Lunatic asylums United Prov. 1922-30 - 1922-1930
Year: 1922
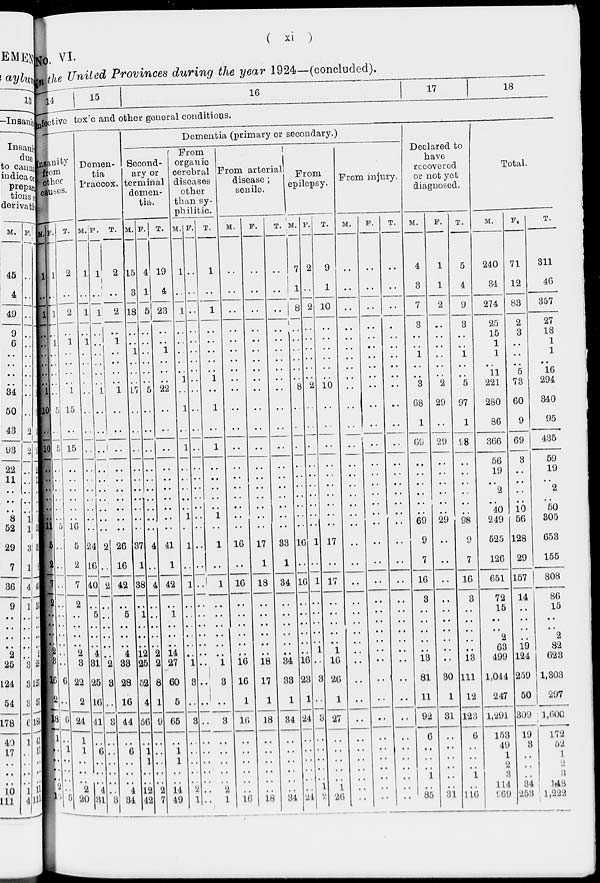
( xi )
No. VI.
In the United Provinces during the year 1924—(concluded).
14
15
16
17
18
Infective toxic and other general conditions.
Insanity
from
other
causes.
M.
1
..
1
..
..
..
..
..
..
1
10
..
10
..
..
..
..
..
..
11
5
2
7
2
..
..
..
..
2 3
16
2
16
1
..
..
..
..
2
15
F.
1
..
1
..
1
..
..
..
..
..
5
..
5
..
..
..
..
..
..
5
..
..
..
..
..
..
..
..
..
..
6
.. 6
..
1
..
..
..
..
5
T.
2
..
2
..
1
..
..
..
..
1
15
..
15
..
..
..
..
..
.. 16
5
2
7
2
..
..
..
..
2
3
22
2
24
1
1
..
..
..
2
20
Demen-
tia
Praecox.
M.
1
..
1
..
1
..
..
..
..
..
..
..
..
..
..
..
..
..
..
..
24
16
40
.. 5
..
..
.. 4
31
25
16
41
..
6
..
..
..
4 31
F.
1
1
1
..
..
..
..
..
..
1
..
..
..
..
..
..
..
..
..
..
2
..
2
..
..
..
..
..
..
2
3
..
3
..
..
..
..
..
..
3
T.
2
..
2
..
1
..
..
..
..
1
..
..
..
..
..
..
..
..
..
..
26
16
42
.. 5
..
..
.. 4
33
28
16
44
..
6
..
..
..
4
34
Dementia (primary or secondary.)
Second-
ary or
terminal
demen-
tia.
M.
15
3
18
..
..
1
..
..
..
17
..
..
..
..
..
..
..
..
..
..
37
1
38
..
1
..
..
.. 12
25
52
4
56
..
1
1
..
..
12
42
F.
4
1
5
..
..
..
..
..
..
5
..
..
..
..
..
..
..
..
..
..
4
..
4
..
..
..
..
..
2
2
8
1
9
..
..
..
..
..
2
7
T.
19
4
23
..
..
1
..
..
..
22
..
..
..
..
..
..
..
..
..
..
41
1
42
..
1
..
..
.. 14
27
60
5
65
..
1
1
..
..
14
49
From
organic
oerebral
diseases
other
than sy-
philitic.
M.
1
..
1
..
..
..
..
.. 1
..
1
..
1
..
..
..
..
1 ..
..
1
..
1
..
..
..
..
..
..
1
3
..
3
..
..
..
..
..
2
1
F.
..
..
..
..
..
..
..
..
..
..
..
..
..
..
..
..
..
..
..
..
..
..
..
..
..
..
..
..
..
..
..
..
..
..
..
..
..
..
..
..
T.
1
..
1
..
..
..
..
.. 1
..
1
..
1
..
..
..
..
1 ..
..
1
..
1
..
..
..
..
..
..
..
1
..
3
..
..
..
..
..
2
1
From arterial
disease;
senile.
M.
..
..
..
..
..
..
..
..
..
..
..
..
..
..
..
..
..
..
..
..
16
..
16
..
..
..
..
..
..
16
16
1
16
..
..
..
..
..
..
16
F.
..
..
..
..
..
..
..
..
..
..
..
..
..
..
..
..
..
..
..
..
17
1
18
..
..
..
..
..
..
18
17
1
18
..
..
..
..
..
..
18
T.
..
..
..
..
..
..
..
..
..
..
..
..
..
..
..
..
..
..
..
..
33
1
34
..
..
..
..
..
..
34
33
1
34
..
..
..
..
..
..
34
From
epilepsy.
M.
7
1
8
..
..
..
..
..
..
8
..
..
..
..
..
..
..
..
..
..
16
..
16
..
..
..
..
..
..
16
23
1
24
..
..
..
..
..
..
24
F.
2
..
2
..
..
..
..
..
..
2
..
..
..
..
..
..
..
..
..
..
1
..
1
..
..
..
..
..
1
..
3
..
3
..
..
..
..
..
..
2
T.
9
1
10
..
..
..
..
..
..
10
..
..
..
..
..
..
..
..
..
..
17
..
17
..
..
..
..
..
1
16
26
1
27
..
..
..
..
..
..
26
From injury.
M.
..
..
..
..
..
..
..
..
..
..
..
..
..
..
..
..
..
..
..
..
..
..
..
..
..
..
..
..
..
..
..
..
..
..
..
. .
..
..
..
F.
..
..
..
..
..
..
..
..
..
..
..
..
..
..
..
..
..
..
..
..
..
..
..
..
..
..
..
..
..
..
..
..
..
..
..
..
..
..
..
..
T.
..
..
..
..
..
..
..
..
..
..
..
..
..
..
..
..
..
..
..
..
..
..
..
..
..
..
..
..
..
..
..
..
..
..
..
..
. .
..
..
..
Declared to
have
recovered
or not yet
diagnosed.
M.
4
3
7
3
..
..
1
..
..
3
68
1
69
..
..
..
..
..
..
69
9
7
16
3
..
..
..
..
..
13
81
11
92
6
..
..
..
1
..
85
F.
1
1
2
..
..
..
..
..
..
2
29
..
29
..
..
..
..
..
..
29
..
..
..
..
..
..
..
..
..
..
30
1
31
..
..
..
..
..
..
31
T.
5
4
9
3
..
..
1
..
..
5
97
1
98
..
..
..
..
..
..
98
9
7
16
3
..
..
..
..
..
13
111
12
123
6
..
..
..
1
..
116
Total.
M.
240
34
274
25
15
1
1
..
11
221
280
86
366
56
19
..
2
40 ..
249
525
126
651
72
15
..
..
2
63
499
1,044
247
1,291
153
49
1
2
3
114
969
F.
71
12
83
2
3
..
..
..
5
73
60
9
69
3
..
..
..
10
10
56
128
29
157
14
..
..
..
..
19
124
259
50
309
19
3
..
..
..
34
253
T.
311
46
357
27
18
1
1
.. 16
294
340
95
435
59
19
.. 2
50
50
305
653
155
808
86
15
..
..
2
82
623
1,303
297
1,600
172
52
1
2
3
148
1,222